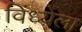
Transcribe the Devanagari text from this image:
विंध्येला